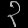
Digit: ၃